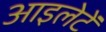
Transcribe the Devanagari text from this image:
आइलेटें